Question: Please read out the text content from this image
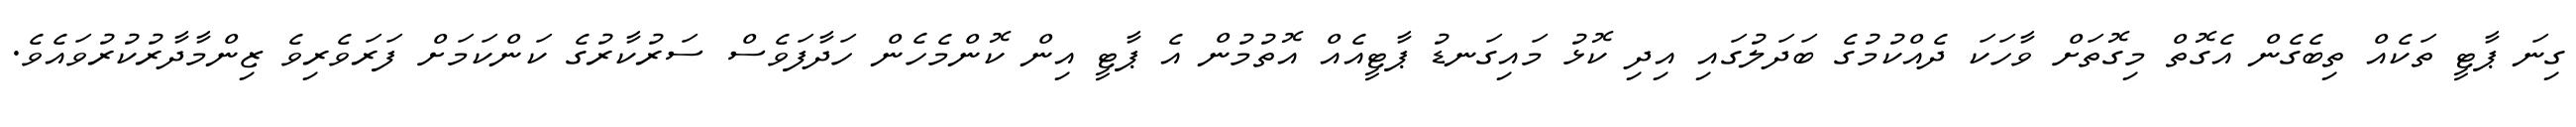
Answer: ގިނަ ޕާޓީ ތަކެއް ތިބެގެން އެގޮތް މިގޮތަށް ވާހަކަ ދެއްކުމުގެ ބަދަލުގައި އިދި ކޮޅު މައިގަނޑު ޕާޓީއެއް އޮތުމުން އެ ޕާޓީ އިން ކޮންމެހެން ހަދާފަވެސް ސަރުކާރުގެ ކަންކަމަށް ފަރަވެރިވެ ޒިންމާދާރުކުރުވައެވެ.